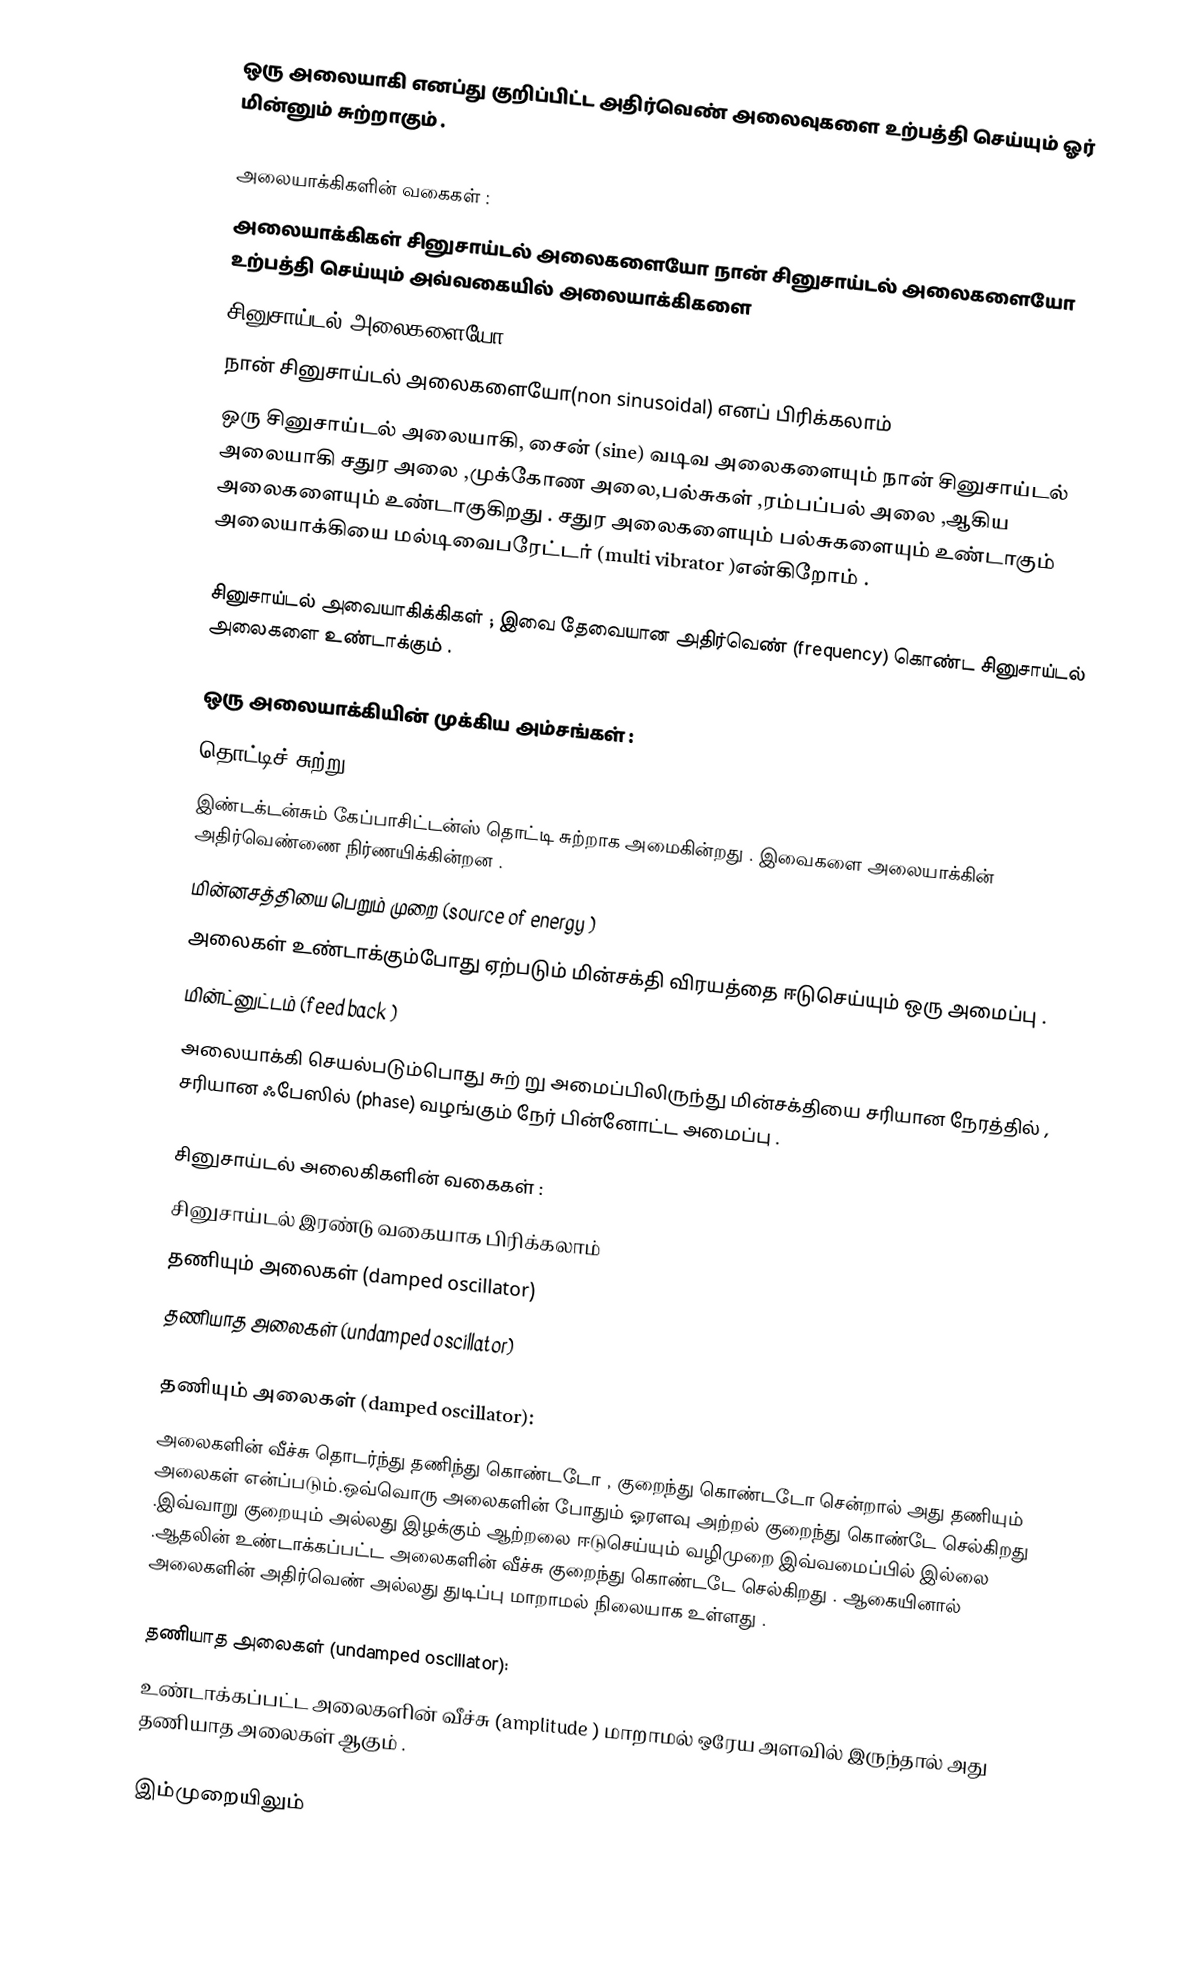
ஒரு அலையாகி எனப்து குறிப்பிட்ட அதிர்வெண் அலைவுகளை உற்பத்தி செய்யும் ஓர் மின்னும் சுற்றாகும் .

அலையாக்கிகளின் வகைகள் :
           அலையாக்கிகள் சினுசாய்டல்  அலைகளையோ நான் சினுசாய்டல்  அலைகளையோ உற்பத்தி செய்யும் அவ்வகையில்  அலையாக்கிகளை 
      சினுசாய்டல் அலைகளையோ(sinusoidal )
       நான் சினுசாய்டல்  அலைகளையோ(non sinusoidal) எனப் பிரிக்கலாம் 
ஒரு சினுசாய்டல்  அலையாகி, சைன் (sine) வடிவ அலைகளையும் நான்  சினுசாய்டல்  அலையாகி சதுர அலை ,முக்கோண அலை,பல்சுகள் ,ரம்பப்பல் அலை ,ஆகிய அலைகளையும் உண்டாகுகிறது . சதுர அலைகளையும் பல்சுகளையும் உண்டாகும் அலையாக்கியை மல்டிவைபரேட்டர் (multi vibrator )என்கிறோம் .

      சினுசாய்டல்   அவையாகிக்கிகள் ; இவை தேவையான அதிர்வெண் (frequency) கொண்ட சினுசாய்டல் அலைகளை உண்டாக்கும் .

ஒரு அலையாக்கியின்  முக்கிய அம்சங்கள் :
           தொட்டிச் சுற்று  (tank circuit)
           இண்டக்டன்சும் கேப்பாசிட்டன்ஸ்  தொட்டி சுற்றாக அமைகின்றது . இவைகளை  அலையாக்கின் அதிர்வெண்ணை நிர்ணயிக்கின்றன .
           மின்னசத்தியை பெறும் முறை (source of energy ) 
 அலைகள் உண்டாக்கும்போது ஏற்படும் மின்சக்தி விரயத்தை ஈடுசெய்யும் ஒரு அமைப்பு .
           மின்ட்னுட்டம்  (feed back )
அலையாக்கி செயல்படும்பொது  சுற் று   அமைப்பிலிருந்து மின்சக்தியை சரியான நேரத்தில் , சரியான ஃபேஸில் (phase) வழங்கும் நேர் பின்னோட்ட  அமைப்பு .

சினுசாய்டல் அலைகிகளின் வகைகள் :
 சினுசாய்டல் இரண்டு வகையாக பிரிக்கலாம் 
       தணியும் அலைகள் (damped oscillator)
       தணியாத அலைகள் (undamped oscillator)

தணியும் அலைகள் (damped oscillator):
             அலைகளின் வீச்சு தொடர்ந்து தணிந்து கொண்டடோ , குறைந்து கொண்டடோ சென்றால் அது தணியும் அலைகள் என்ப்படும்.ஒவ்வொரு அலைகளின் போதும் ஓரளவு அற்றல் குறைந்து  கொண்டே செல்கிறது .இவ்வாறு குறையும் அல்லது இழக்கும் ஆற்றலை ஈடுசெய்யும் வழிமுறை இவ்வமைப்பில் இல்லை .ஆதலின்  உண்டாக்கப்பட்ட   அலைகளின் வீச்சு குறைந்து கொண்டடே செல்கிறது . ஆகையினால் அலைகளின் அதிர்வெண் அல்லது துடிப்பு மாறாமல் நிலையாக உள்ளது .

தணியாத அலைகள் (undamped oscillator):
உண்டாக்கப்பட்ட அலைகளின் வீச்சு (amplitude ) மாறாமல்  ஒரேய அளவில் இருந்தால் அது தணியாத அலைகள் ஆகும் .

                   இம்முறையிலும்